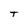
Character: T